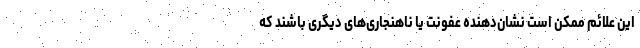
این علائم ممکن است نشان‌دهنده عفونت یا ناهنجاری‌های دیگری باشند که